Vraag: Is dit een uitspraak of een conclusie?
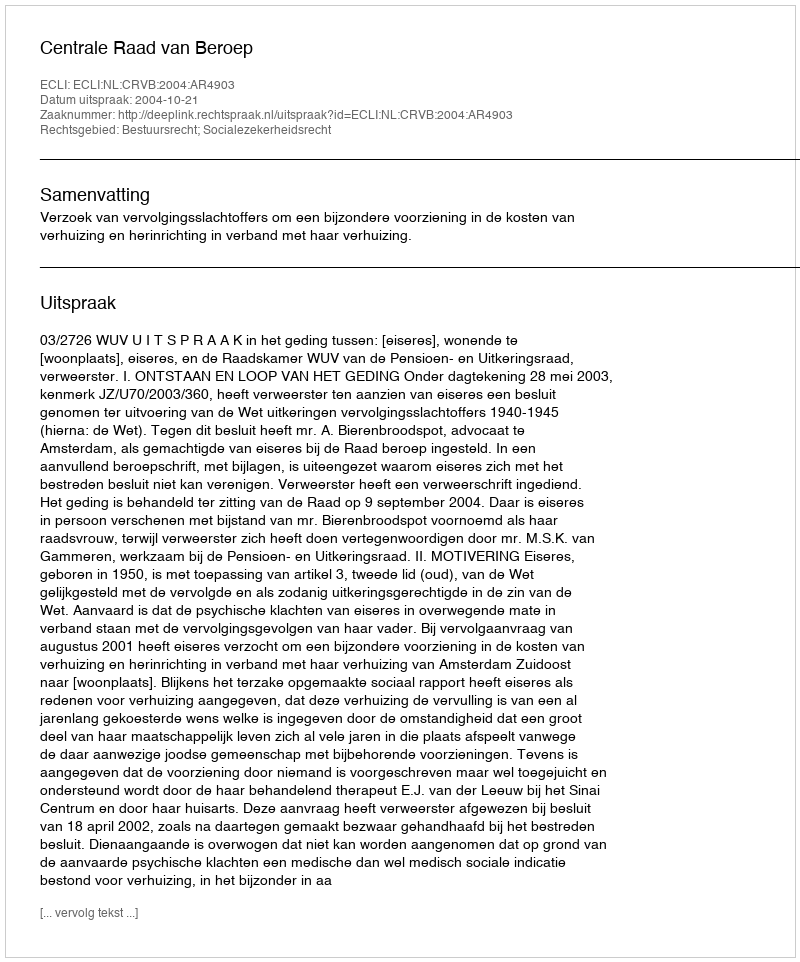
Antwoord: Uitspraak